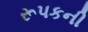
રૂપકની